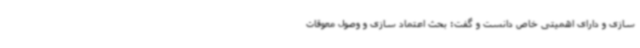
سازی و دارای اهمیتی خاص دانست و گفت: بحث اعتماد سازی و وصول معوقات